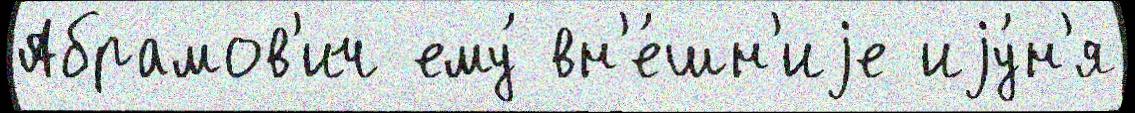
Абрамов'ич ему́ вн'е́шн'иjе иjу́н'я